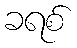
ခရစ်